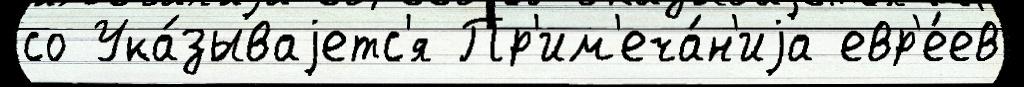
со Ука́зываjетс'я Пр'им'еча́н'иjа евр'е́ев